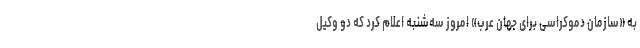
به «سازمان دموکراسی برای جهان عرب» امروز سه‌شنبه اعلام کرد که دو وکیل